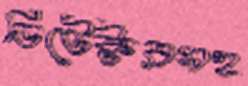
ডিটেক্টরসহ